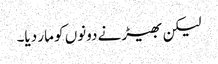
لیکن بھیڑ نے دونوں کو مار دیا۔